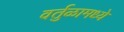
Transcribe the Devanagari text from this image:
वर्तुळामध्ये